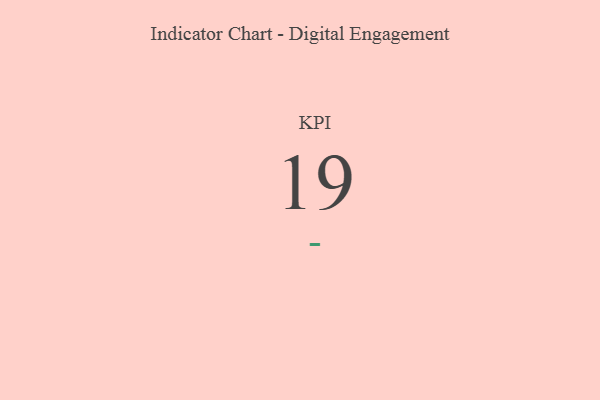
{"axis": {"x": "KPI", "y": "Value"}, "legend": [""], "data": [{"x": "KPI", "y": 19, "type": ""}]}